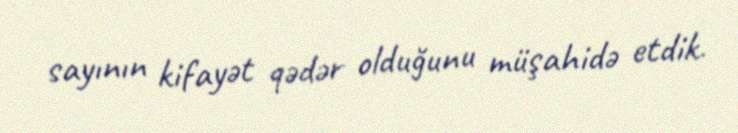
sayının kifayət qədər olduğunu müşahidə etdik.